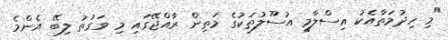
"މި ހިދުމަތާއެކު އިސްލާމީ އުސޫލުތަކުގެ މަތިން ރާއްޖޭގައި މި ވަގުތު ލިބޭ އެންމެ